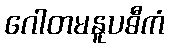
ဂေါတမနူပဓီကံ